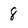
Character: 8